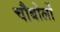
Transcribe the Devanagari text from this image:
चौबोलों